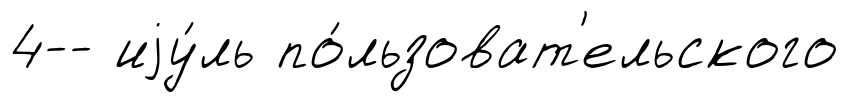
4-- иjу́ль по́льзоват'ельского